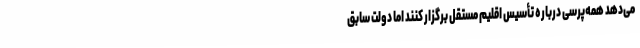
می‌دهد همه‌پرسی درباره تأسیس اقلیم مستقل برگزار کنند اما دولت سابق